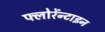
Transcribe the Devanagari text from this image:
फ्लोरेंन्टाइन